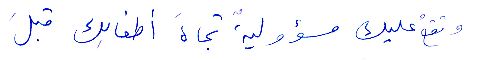
وتقع عليك مسؤولية تجاه أطفالك قبل